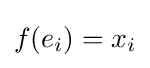
f(e_{i})=x_{i}